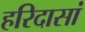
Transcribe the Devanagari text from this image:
हरिदासां